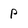
Character: p